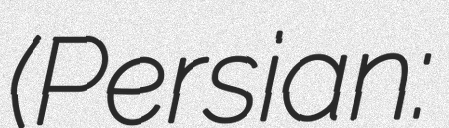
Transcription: (Persian: چي